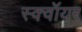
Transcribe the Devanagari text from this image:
स्क्वॉयर